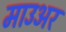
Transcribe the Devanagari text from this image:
माउअर